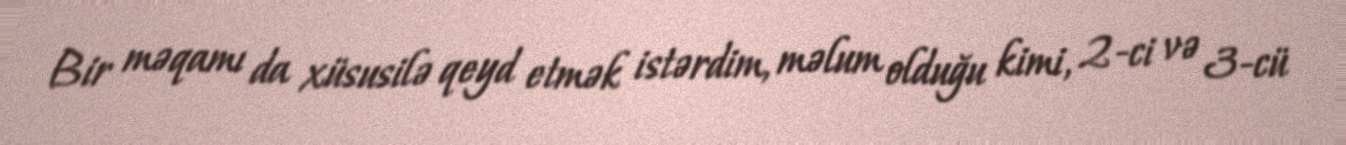
Bir məqamı da xüsusilə qeyd etmək istərdim, məlum olduğu kimi, 2-ci və 3-cü